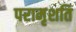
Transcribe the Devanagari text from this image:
परामृशति